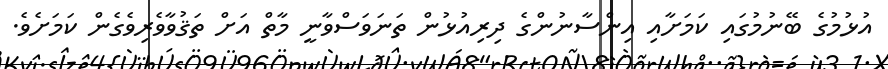
އުޅުމުގެ ބޭނުމުގައި ކަމަށާއި އިންސާނުންގެ ދިރިއުޅުން ތަނަވަސްވާނީ މާތް އަށް ތަޤުވާވެރިވެގެން ކަމަށެވެ.